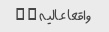
واقعا عالیه … …